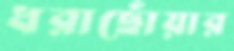
ধরাছোঁয়ার